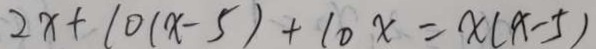
2 x + 1 0 ( x - 5 ) + 1 0 x = x ( x - 5 )